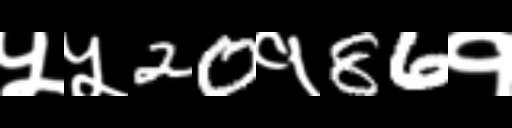
Text: ५५20१86१